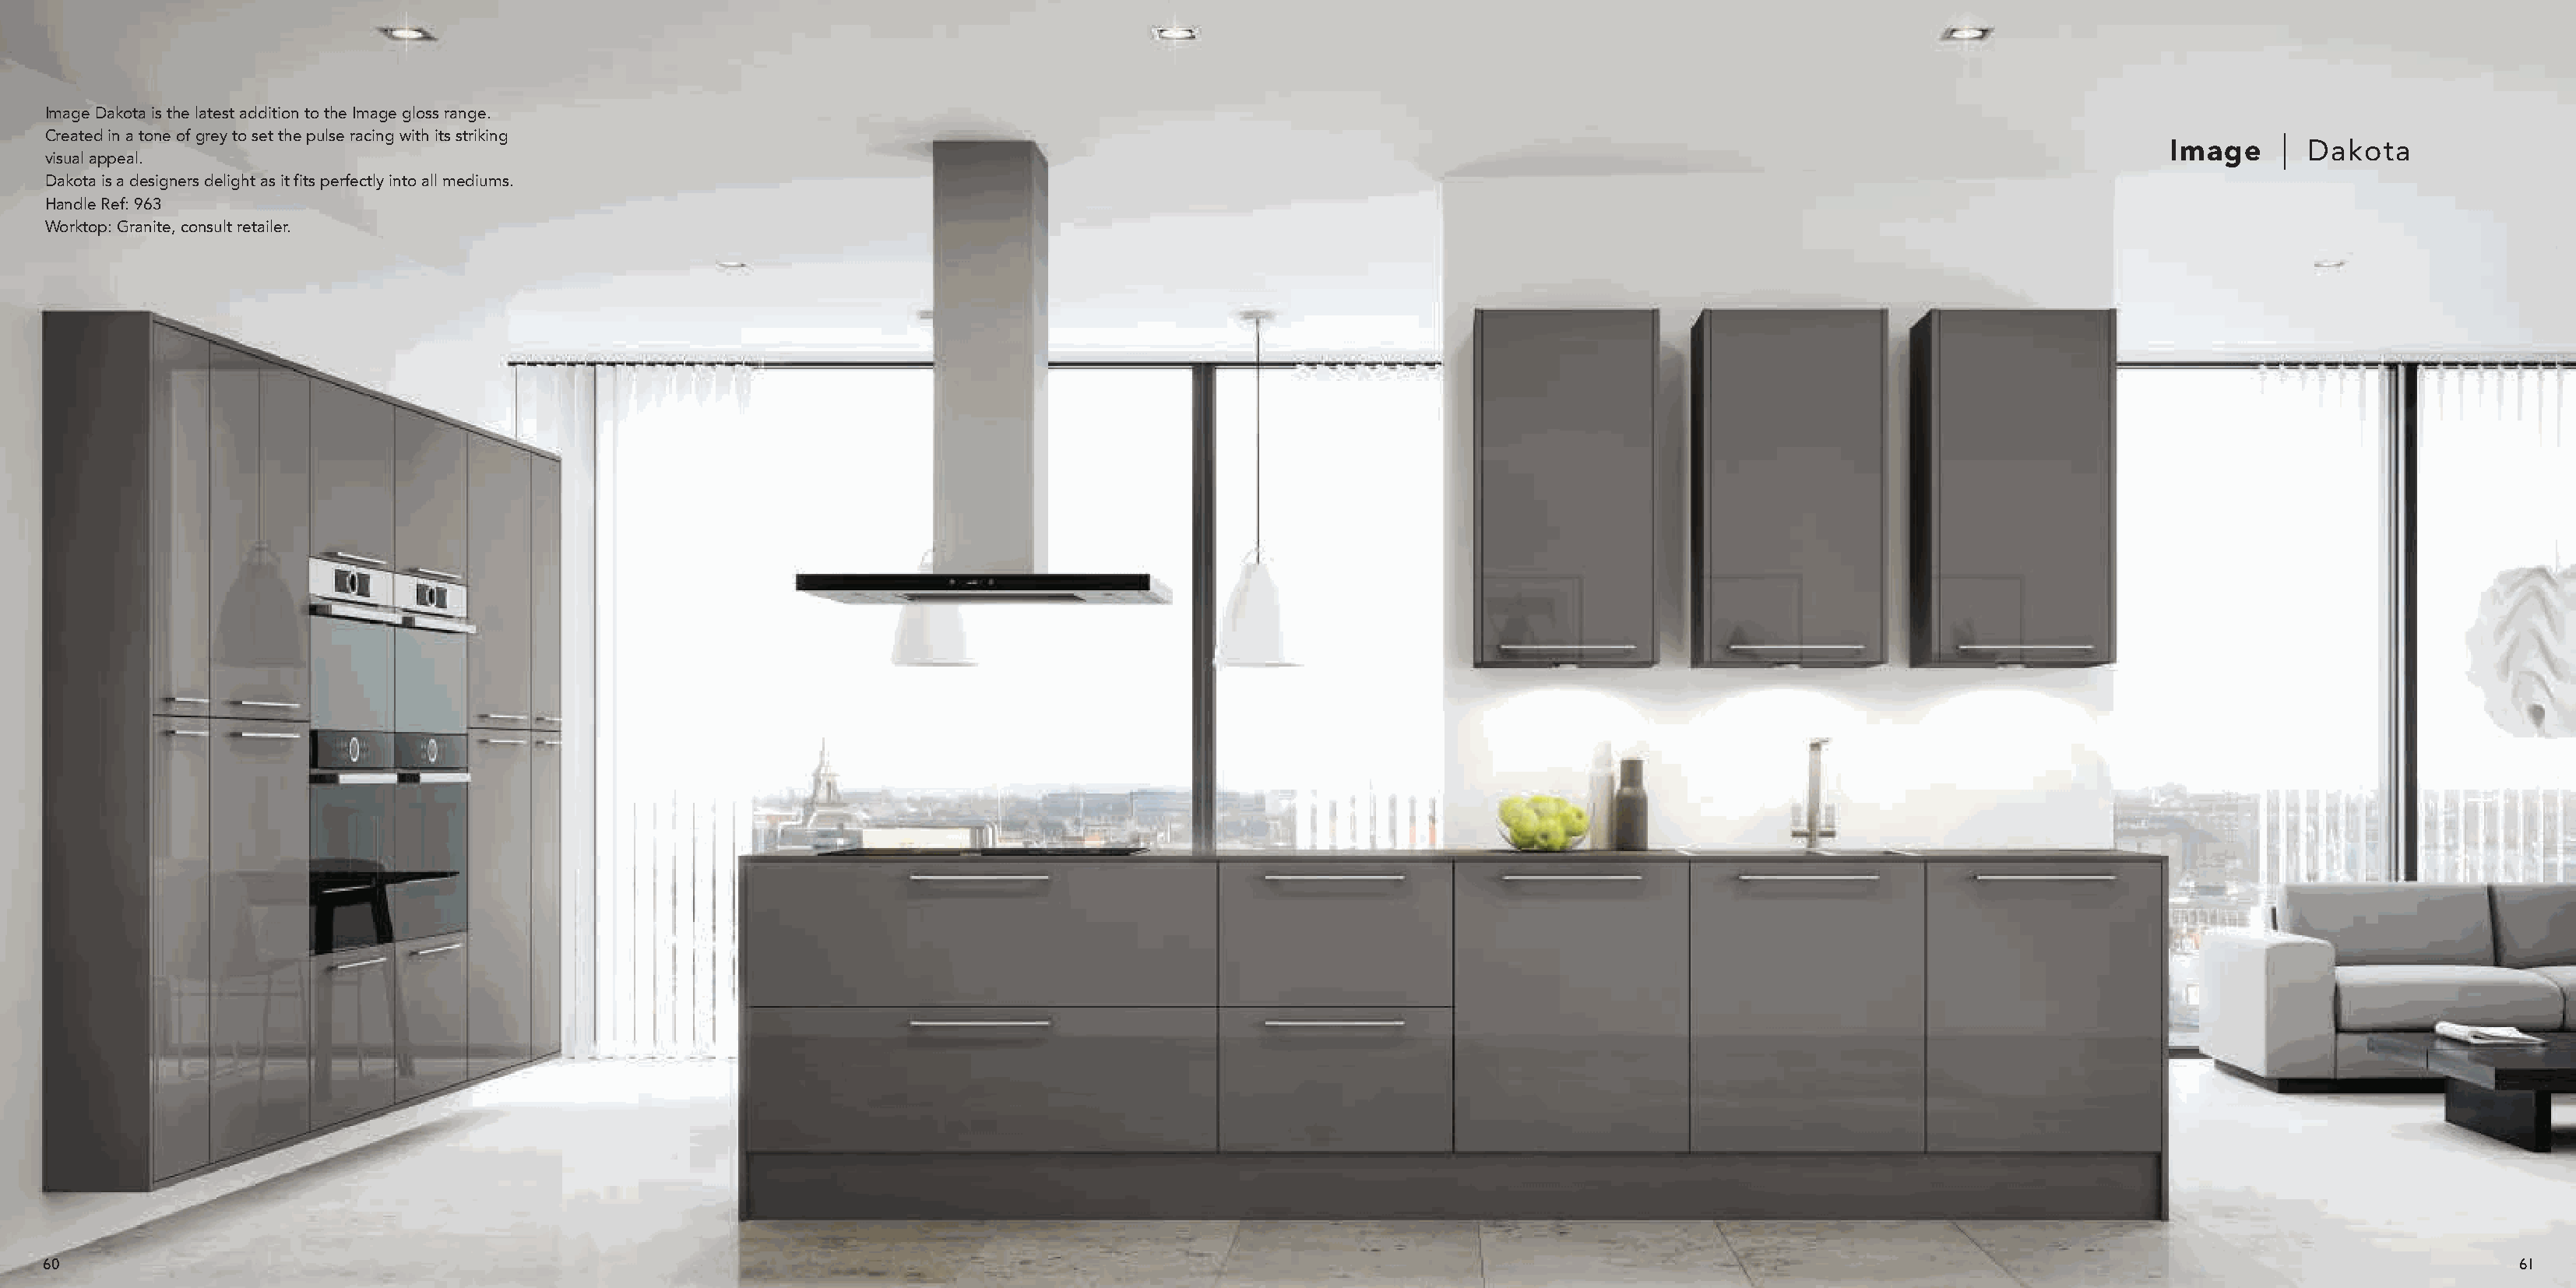
Image Dakota is the latest addition to the Image gloss range.
 Created in a tone of grey to set the pulse racing with its striking
 Image       Dakota
 visual appeal.
 Dakota is a designers delight as it fits perfectly into all mediums.
 Handle Ref: 963
 Worktop: Granite, consult retailer.
 60                                                                                                                                                                                                                61